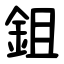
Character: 鉏